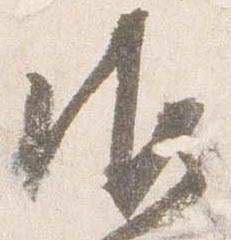
御